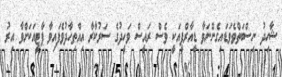
ޝާހިދު ނިސްބަތްވެވަޑައިގެންނަވާ ޑީއާރްޕީއަކީ ވެސް ރައީސް ވަހީދުގެ ސަރުކާރާ އިއްތިހާދުވެފައިވާ ޕާޓީއަކަށްވާ އިރު